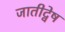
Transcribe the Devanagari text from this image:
जातीद्वेष